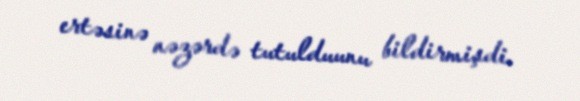
ertəsinə nəzərdə tutulduunu bildirmişdi.